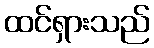
ထင်ရှားသည်